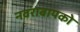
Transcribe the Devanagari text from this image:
नवराबायको